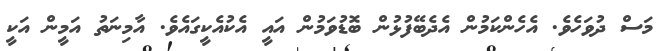
މަސް ދުވަހެވެ. އެހެންކަމުން އެދެބޭފުޅުން ބޮޑުވަމުން އައީ އެކުއެކީގައެވެ. އާމިނަތު އަމީން އަކީ